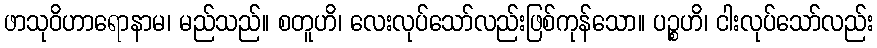
ဖာသုဝိဟာရောနာမ၊ မည်သည်။ စတူဟိ၊ လေးလုပ်သော်လည်းဖြစ်ကုန်သော။ ပဉ္စဟိ၊ ငါးလုပ်သော်လည်း